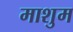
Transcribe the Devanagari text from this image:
माशुम